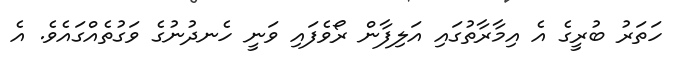
ހަތަރު ބުރީގެ އެ އިމާރާތުގައި އަލިފާން ރޯވެފައި ވަނީ ހެނދުނުގެ ވަގުތެއްގައެވެ. އެ